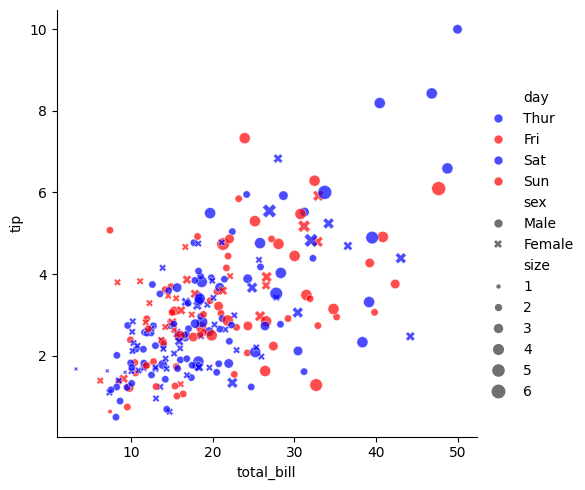
python, seaborn, relplot, alpha=0.7